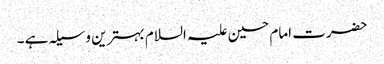
حضرت امام حسین علیہ السلام بہترین وسیلہ ہے ۔